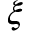
\xi